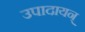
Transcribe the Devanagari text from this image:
उपादायन्